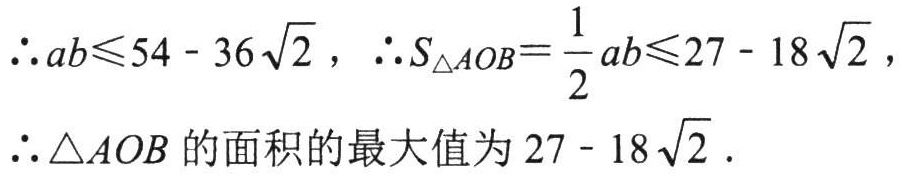
\(\therefore ab\leqslant54 - 36\sqrt{2}，\therefore S_{\triangle AOB}=\frac{1}{2}ab\leqslant27 - 18\sqrt{2}，\\

\therefore\triangle AOB\)的面积的最大值为\(27 - 18\sqrt{2}\)。